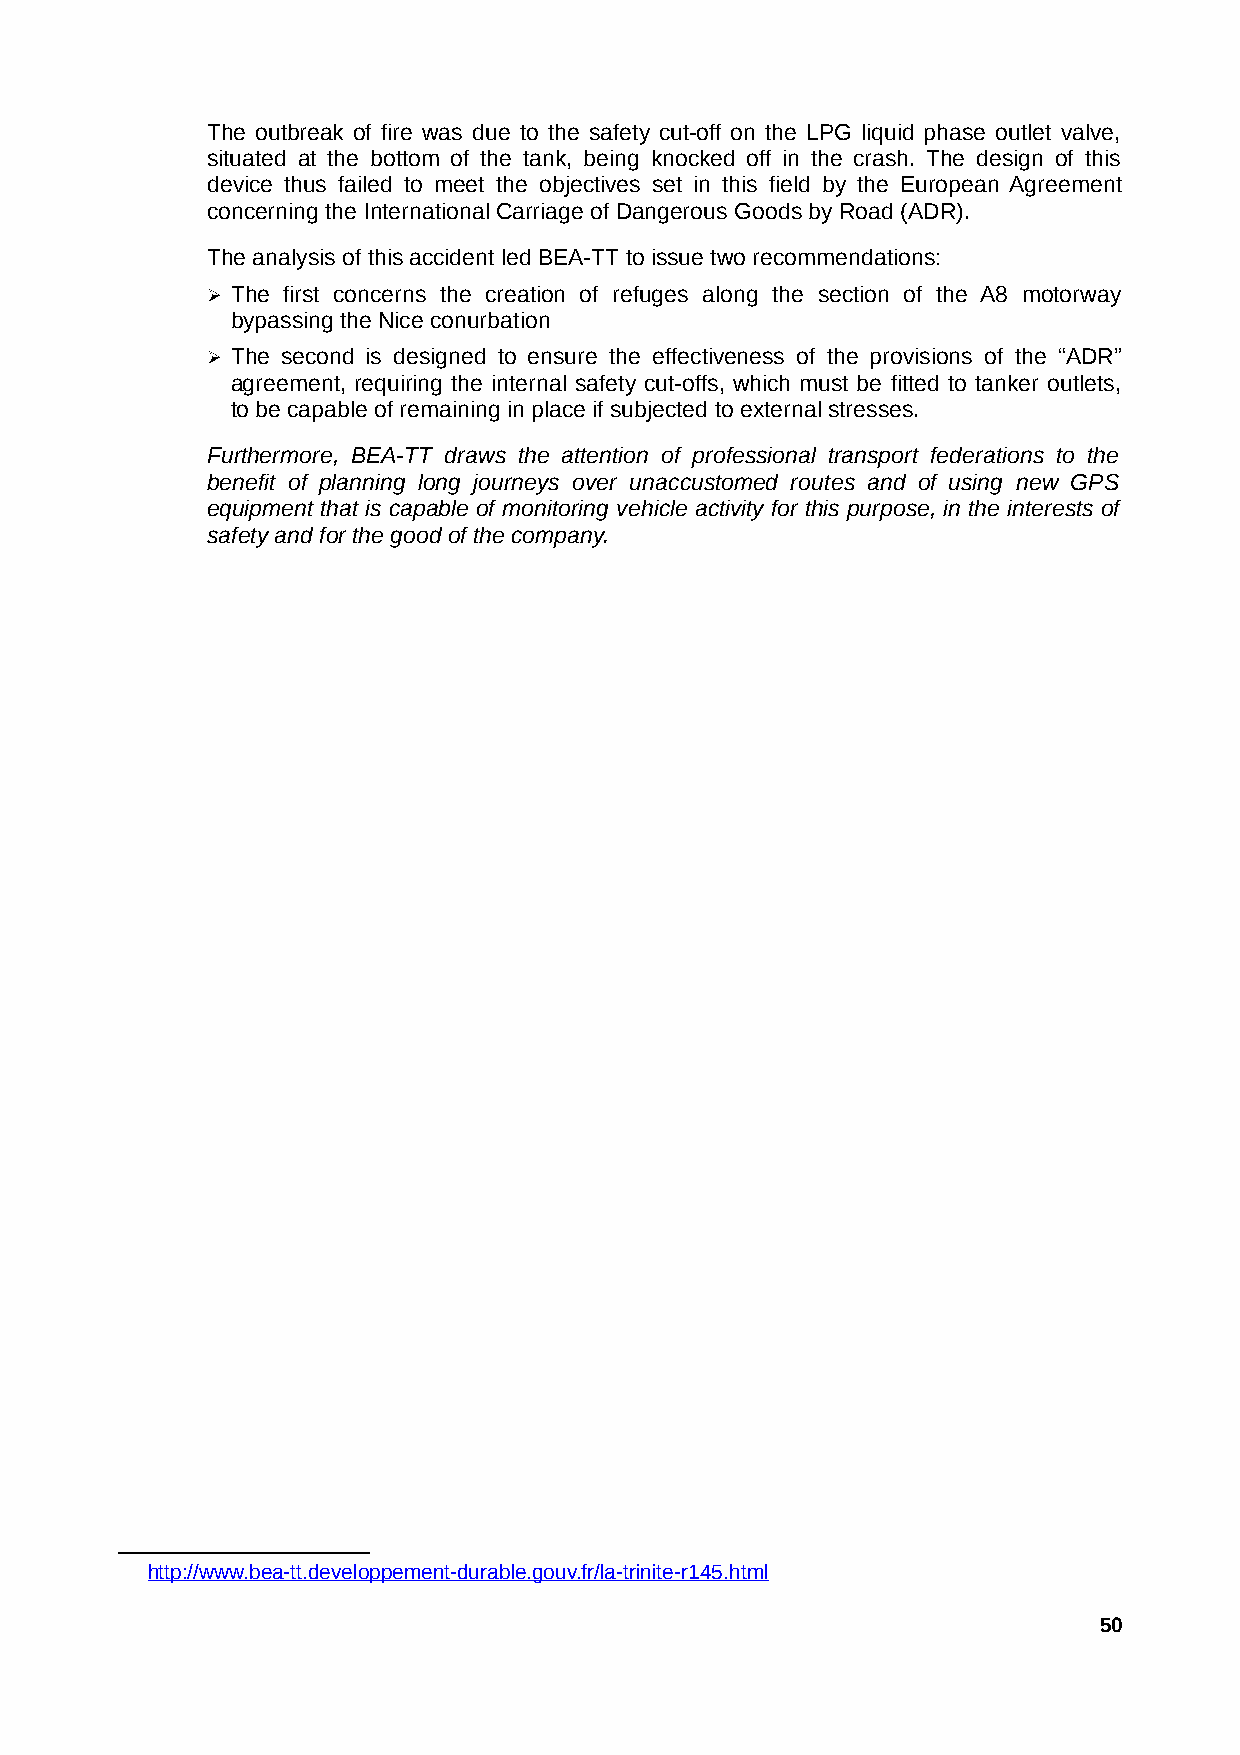
The outbreak of fire was due to the safety cut-off on the LPG liquid phase outlet valve,
 situated at the bottom of the tank, being knocked off in the crash. The design of this
 device thus failed to meet the objectives set in this field by the European Agreement
 concerning the International Carriage of Dangerous Goods by Road (ADR).
 The analysis of this accident led BEA-TT to issue two recommendations:
 ➢ The first concerns the creation of refuges along the section of the A8 motorway
 bypassing the Nice conurbation
 ➢ The second is designed to ensure the effectiveness of the provisions of the “ADR”
 agreement, requiring the internal safety cut-offs, which must be fitted to tanker outlets,
 to be capable of remaining in place if subjected to external stresses.
 Furthermore, BEA-TT draws the attention of professional transport federations to the
 benefit of planning long journeys over unaccustomed routes and of using new GPS
 equipment that is capable of monitoring vehicle activity for this purpose, in the interests of
 safety and for the good of the company.
 http://www.bea-tt.developpement-durable.gouv.fr/la-trinite-r145.htm l
 50